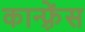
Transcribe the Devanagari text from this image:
कान्‍फ़्रेंस